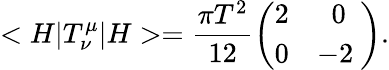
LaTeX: <H|T_{\nu}^{\mu}|H>=\frac{\pi T^{2}}{12}\left(\begin{array}{cc}{{2}}&{{0}}\\ {{0}}&{{-2\ }}\end{array}\right).